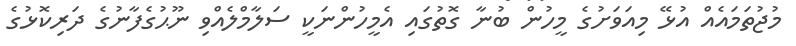
މުޖުތަމައެއް އުޅޭ މިއަވަށުގެ މީހުން ބުނާ ގޮތުގައި އެމީހުންނަކީ ސަލާމްލެއްވި ނޫޙުގެފާނުގެ ދަރިކޮޅުގެ